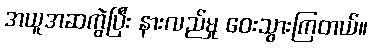
အယူအဆကွဲပြီး နားလည်မှု ဝေးသွားကြတယ်။